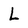
Character: L